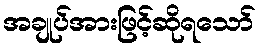
အချုပ်အားဖြင့်ဆိုရသော်